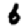
Digit: 6